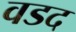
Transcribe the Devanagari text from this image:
वडद